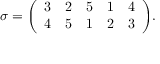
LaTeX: \sigma = { \left( \begin{array} { l l l l l } { 3 } & { 2 } & { 5 } & { 1 } & { 4 } \\ { 4 } & { 5 } & { 1 } & { 2 } & { 3 } \end{array} \right) } .